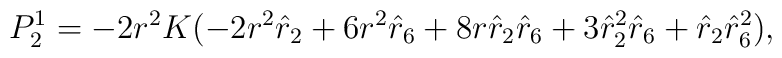
P^1_2 = -2 r^2 K ( - 2 r^2 \hat{r}_2 + 6r^2 \hat{r}_6 + 8 r \hat{r}_2 \hat{r}_6+ 3 \hat{r}_2^2 \hat{r}_6  +  \hat{r}_2 \hat{r}_6^2 ),